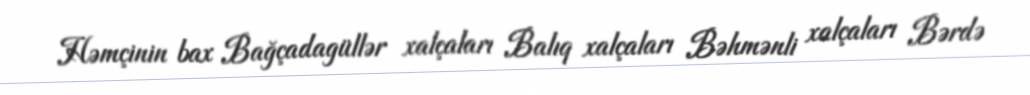
Həmçinin bax Bağçadagüllər xalçaları Balıq xalçaları Bəhmənli xalçaları Bərdə